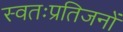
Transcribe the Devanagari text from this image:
स्वतःप्रतिजनों